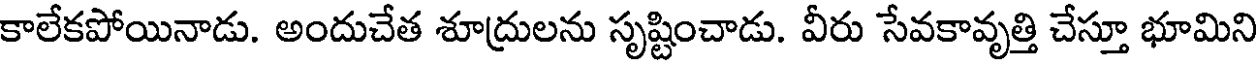
కాలేకపోయినాడు. అందుచేత శూద్రులను సృష్టించాడు. వీరు సేవకావృత్తి చేస్తూ భూమిని